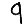
Digit: 9